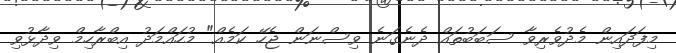
މިފަދައިން މެދުވެރިވާ ސަބަބުތައް ދެނެގަނެ ވިސްނަން ޖެހޭ ކަމެއް" މުހައްމަދު އިބްރާހިމް ވިދާޅުވި